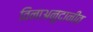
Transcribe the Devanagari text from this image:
विनाअनुदानीत